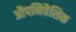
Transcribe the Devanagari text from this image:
औपनिवैशिक